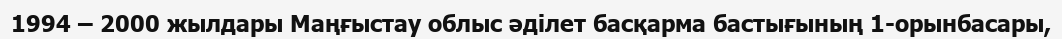
1994 – 2000 жылдары Маңғыстау облыс әділет басқарма бастығының 1-орынбасары,